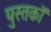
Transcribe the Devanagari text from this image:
पुस्तकॉ